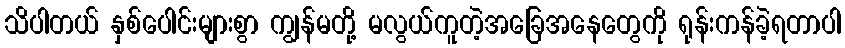
သိပါတယ် နှစ်ပေါင်းများစွာ ကျွန်မတို့ မလွယ်ကူတဲ့အခြေအနေတွေကို ရုန်းကန်ခဲ့ရတာပါ